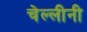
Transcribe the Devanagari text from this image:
चेल्लीनी